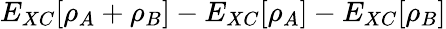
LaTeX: E_{XC}[\rho_{A}+\rho_{B}]-E_{XC}[\rho_{A}]-E_{XC}[\rho_{B}]